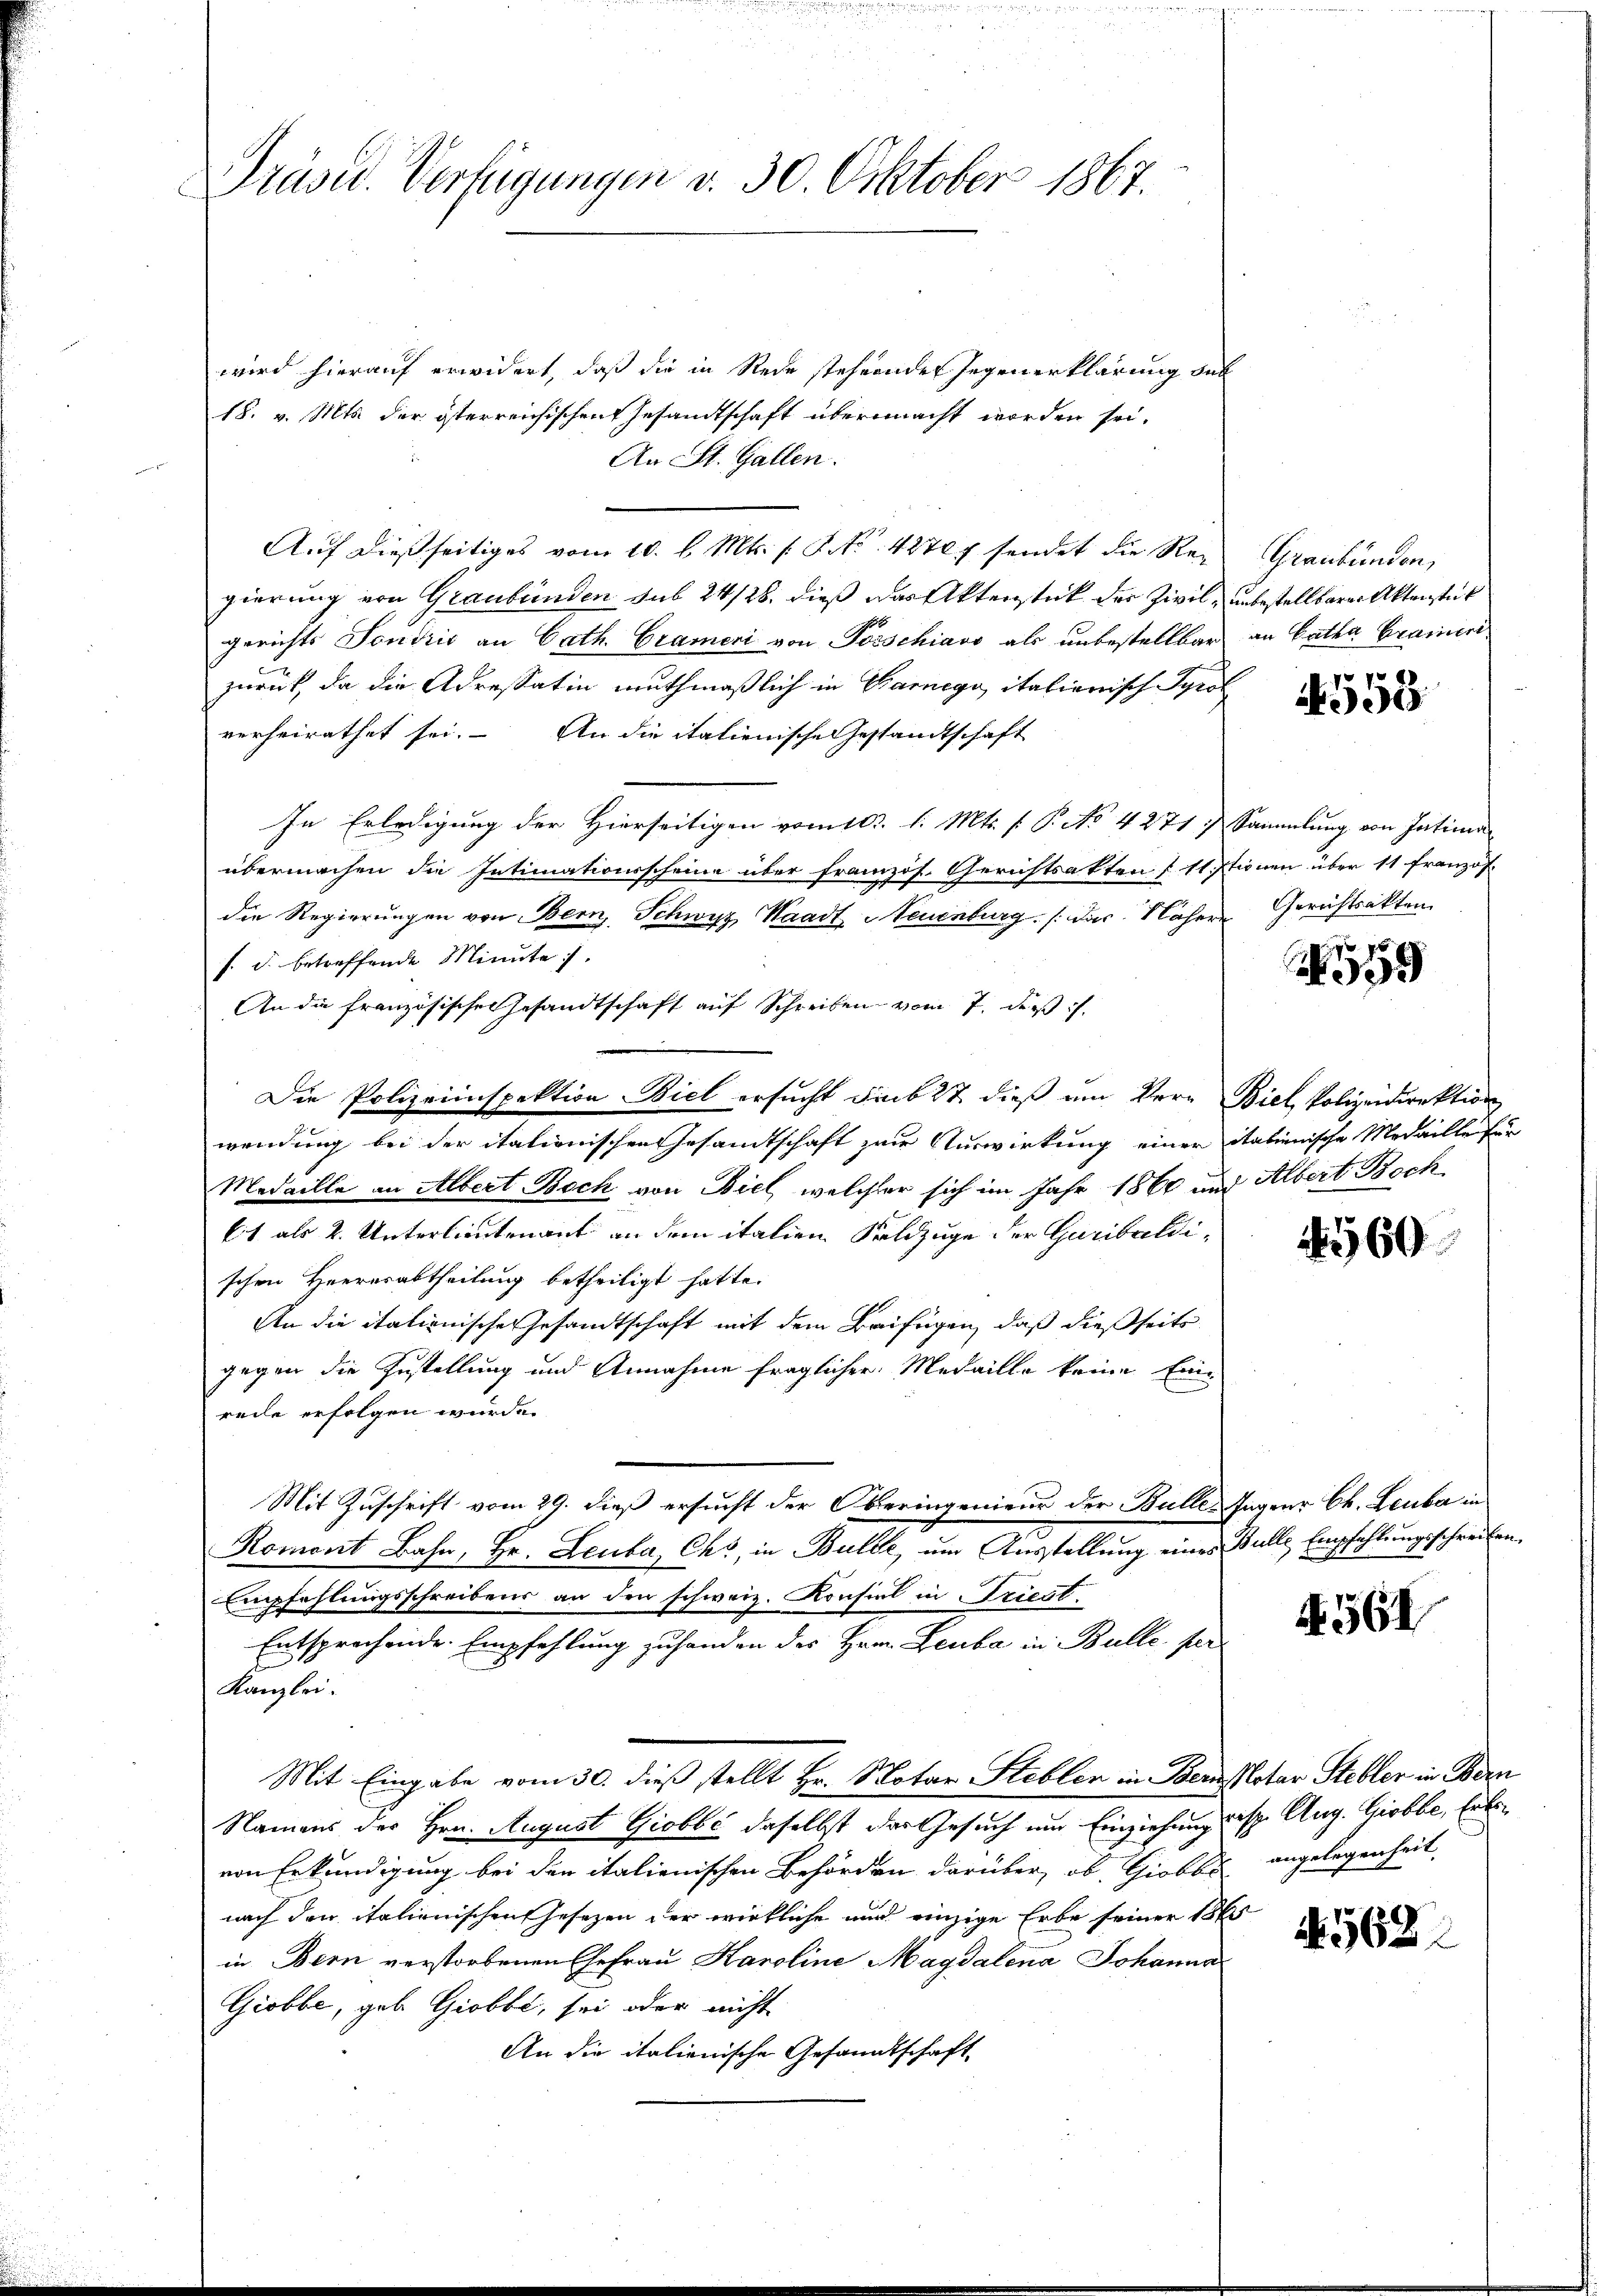
Präsid. Verfügungen v. 30. Oktober 1867.

wird hierauf erwidert, daß die in Rede stehenden Gegenerklärung des
18. v. Mts. der österreichischen Gesandtschaft übermacht worden sei.
An St. Gallen.
Auf dießseitiges vom 10. l. Mts. s. Art. 487 sendet die Rein Graubünden,
gierung von Graubünden sub 24/28, dieß das Aktenstück der Zivil, unbestellbarer Aktenstet
gerichts Jondrić an Cath. Grameri von Porschiavo als unbestellbar an Catha Gramerizurück, da die Adressatin muthmaßlich in Garnegi, italierisch Syrol
verheirathet sei. An die italienische Gestandtschaft
In Erledigung der Hierseitigen vom 10t. l. Mts. ( P. No 4271: Sammlung von Intima
übermachen die Intimationsscheine über französ. Gerichtsakten § 11 Stionen über 11 französ.
die Regierungen von Bern, Schwyz, Waadt, Neuenburg, das Nähere Gerichtsakten
s. d. betreffende Minute.
An die französische Gesandtschaft auf Schreiben vom 7. des
Die Polizeiinspektion Biel ersucht sub 27 dieß am Ver- Biel, Polizeidirektion
wendung bei der italionischen Gesandtschaft zur Auswirkung einer italienische Medaille für
Medaille an Albert Beck von Biel, welcher sich im Jahr 1860 und Albert Boch
bt als 2. Unterlieutenant an dem italien Saldzuge der Garibaldischen Heeresabtheilung betheiligt hatte.
An die italienische Gesandtschaft mit dem Beifügen, daß dießseits
gegen die Zustellung und Annahme fraglicher Medaille keine Einreile erfolgen wurde.
Mit Zuschrift vom 29. dieß ersucht der Oberingenieur der Bulle Jagen Ch. Leubau
Romont Bahn, Hr. Leuba, Chs, in Bulle, um Ausstellung eines Bulle Empfehlungsschreiben
Empfehlungsschreibens an den schweiz. Konsial in Friest.
Entsprechende Empfehlung zu handen der Hrn. Leuba in Bulle, per
Kanzlei.
Mit Eingabe vom 30. dieß stellt Hr. Notar Steblen in Bern Notar Stebler in Bern
Namens der Hrn. August Giobbć daselbst der Gesuch um Einziehung resp. Aug. Giobbe, Erbe
von Erkundigung bei den italienischen Behörden darüber, ob, Giobbs angelegenheit
nach den italienischen Gesetzen der wirkliche und einzige Erbe seiner 1865
in Bern verstorbenen Gefrau Karoline Magdalena Johanna
Giobbe, geb. Giobbe, sei oder nicht
An die italienische Gesandtschaft

553

93

4560

4564

4568.